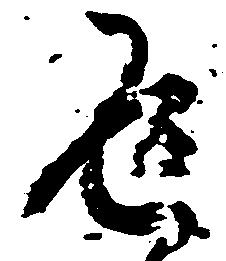
返